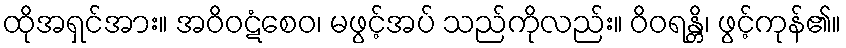
ထိုအရှင်အား။ အဝိဝဋံစေဝ၊ မဖွင့်အပ် သည်ကိုလည်း။ ဝိဝရန္တိ၊ ဖွင့်ကုန်၏။